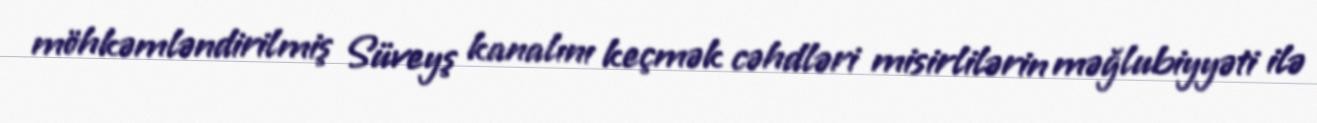
möhkəmləndirilmiş Süveyş kanalını keçmək cəhdləri misirlilərin məğlubiyyəti ilə